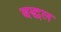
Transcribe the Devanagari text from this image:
बद्धल